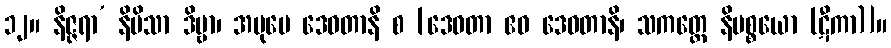
၁၂။ နိဇ္ဇရာ’ နိမိသာ ဒိဗ္ဗာ၊ အပုမေ ဒေဝတာနိ စ [ဒေဝတာ ဧဝ ဒေဝတာနိ၊ သကတ္ထေ နိပစ္စယော (ဋီကာ)]။